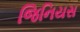
જિનિયસ